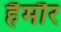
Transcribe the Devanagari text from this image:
हैमौर